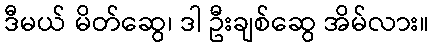
ဒီမယ် မိတ်ဆွေ၊ ဒါ ဦးချစ်ဆွေ အိမ်လား။